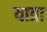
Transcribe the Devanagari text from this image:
यात्रा